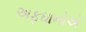
અફઘાનોએ